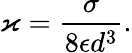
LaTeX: \varkappa=\frac{\sigma}{8\epsilon d^{3}}.